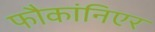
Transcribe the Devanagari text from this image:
फौकांनिएर